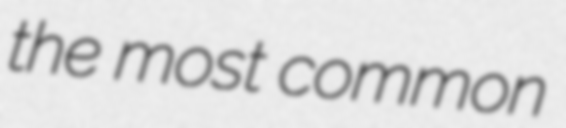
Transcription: the most common